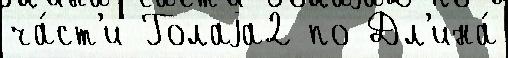
ча́ст'и Голаjа2 по Дл'ина́